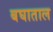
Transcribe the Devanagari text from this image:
बघाताल